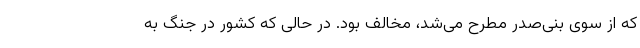
که از سوی بنی‌صدر مطرح می‌شد، مخالف بود. در حالی که کشور در جنگ به